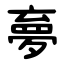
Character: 夣